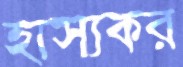
হাস্যকর